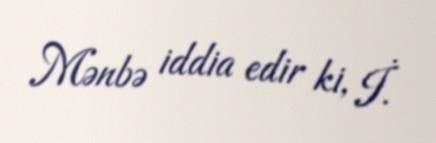
Mənbə iddia edir ki, İ.